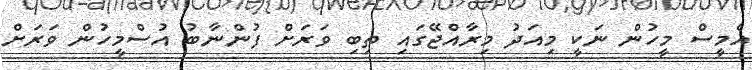
އެމީސް މީހުން ނަކީ މިއަދު މިރާއްޖޭގައި ތިބި ވަރަށް ފުންނާބު އުސްމީހުން ވަރަށް